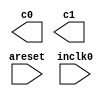
// megafunction wizard: %ALTPLL%VBB%
// GENERATION: STANDARD
// VERSION: WM1.0
// MODULE: altpll 

// ============================================================
// Megafunction Name(s):
// 			altpll
//
// Simulation Library Files(s):
// 			altera_mf
// ============================================================
// ************************************************************
// THIS IS A WIZARD-GENERATED FILE. DO NOT EDIT THIS FILE!
//
// 20.1.0 Build 711 06/05/2020 SJ Lite Edition
// ************************************************************

//Copyright (C) 2020  Intel Corporation. All rights reserved.
//Your use of Intel Corporation's design tools, logic functions 
//and other software and tools, and any partner logic 
//functions, and any output files from any of the foregoing 
//(including device programming or simulation files), and any 
//associated documentation or information are expressly subject 
//to the terms and conditions of the Intel Program License 
//Subscription Agreement, the Intel Quartus Prime License Agreement,
//the Intel FPGA IP License Agreement, or other applicable license
//agreement, including, without limitation, that your use is for
//the sole purpose of programming logic devices manufactured by
//Intel and sold by Intel or its authorized distributors.  Please
//refer to the applicable agreement for further details, at
//https://fpgasoftware.intel.com/eula.

module Clocks_Uart (
	areset,
	inclk0,
	c0,
	c1);

	input	  areset;
	input	  inclk0;
	output	  c0;
	output	  c1;
`ifndef ALTERA_RESERVED_QIS
// synopsys translate_off
`endif
	tri0	  areset;
`ifndef ALTERA_RESERVED_QIS
// synopsys translate_on
`endif

endmodule

// ============================================================
// CNX file retrieval info
// ============================================================
// Retrieval info: PRIVATE: ACTIVECLK_CHECK STRING "0"
// Retrieval info: PRIVATE: BANDWIDTH STRING "1.000"
// Retrieval info: PRIVATE: BANDWIDTH_FEATURE_ENABLED STRING "1"
// Retrieval info: PRIVATE: BANDWIDTH_FREQ_UNIT STRING "MHz"
// Retrieval info: PRIVATE: BANDWIDTH_PRESET STRING "Low"
// Retrieval info: PRIVATE: BANDWIDTH_USE_AUTO STRING "1"
// Retrieval info: PRIVATE: BANDWIDTH_USE_PRESET STRING "0"
// Retrieval info: PRIVATE: CLKBAD_SWITCHOVER_CHECK STRING "0"
// Retrieval info: PRIVATE: CLKLOSS_CHECK STRING "0"
// Retrieval info: PRIVATE: CLKSWITCH_CHECK STRING "0"
// Retrieval info: PRIVATE: CNX_NO_COMPENSATE_RADIO STRING "0"
// Retrieval info: PRIVATE: CREATE_CLKBAD_CHECK STRING "0"
// Retrieval info: PRIVATE: CREATE_INCLK1_CHECK STRING "0"
// Retrieval info: PRIVATE: CUR_DEDICATED_CLK STRING "c0"
// Retrieval info: PRIVATE: CUR_FBIN_CLK STRING "c0"
// Retrieval info: PRIVATE: DEVICE_SPEED_GRADE STRING "Any"
// Retrieval info: PRIVATE: DIV_FACTOR0 NUMERIC "1"
// Retrieval info: PRIVATE: DIV_FACTOR1 NUMERIC "1"
// Retrieval info: PRIVATE: DUTY_CYCLE0 STRING "50.00000000"
// Retrieval info: PRIVATE: DUTY_CYCLE1 STRING "50.00000000"
// Retrieval info: PRIVATE: EFF_OUTPUT_FREQ_VALUE0 STRING "0.009600"
// Retrieval info: PRIVATE: EFF_OUTPUT_FREQ_VALUE1 STRING "0.038400"
// Retrieval info: PRIVATE: EXPLICIT_SWITCHOVER_COUNTER STRING "0"
// Retrieval info: PRIVATE: EXT_FEEDBACK_RADIO STRING "0"
// Retrieval info: PRIVATE: GLOCKED_COUNTER_EDIT_CHANGED STRING "1"
// Retrieval info: PRIVATE: GLOCKED_FEATURE_ENABLED STRING "0"
// Retrieval info: PRIVATE: GLOCKED_MODE_CHECK STRING "0"
// Retrieval info: PRIVATE: GLOCK_COUNTER_EDIT NUMERIC "1048575"
// Retrieval info: PRIVATE: HAS_MANUAL_SWITCHOVER STRING "1"
// Retrieval info: PRIVATE: INCLK0_FREQ_EDIT STRING "50.000"
// Retrieval info: PRIVATE: INCLK0_FREQ_UNIT_COMBO STRING "MHz"
// Retrieval info: PRIVATE: INCLK1_FREQ_EDIT STRING "100.000"
// Retrieval info: PRIVATE: INCLK1_FREQ_EDIT_CHANGED STRING "1"
// Retrieval info: PRIVATE: INCLK1_FREQ_UNIT_CHANGED STRING "1"
// Retrieval info: PRIVATE: INCLK1_FREQ_UNIT_COMBO STRING "MHz"
// Retrieval info: PRIVATE: INTENDED_DEVICE_FAMILY STRING "Cyclone IV E"
// Retrieval info: PRIVATE: INT_FEEDBACK__MODE_RADIO STRING "1"
// Retrieval info: PRIVATE: LOCKED_OUTPUT_CHECK STRING "0"
// Retrieval info: PRIVATE: LONG_SCAN_RADIO STRING "1"
// Retrieval info: PRIVATE: LVDS_MODE_DATA_RATE STRING "Not Available"
// Retrieval info: PRIVATE: LVDS_MODE_DATA_RATE_DIRTY NUMERIC "0"
// Retrieval info: PRIVATE: LVDS_PHASE_SHIFT_UNIT0 STRING "deg"
// Retrieval info: PRIVATE: LVDS_PHASE_SHIFT_UNIT1 STRING "deg"
// Retrieval info: PRIVATE: MIG_DEVICE_SPEED_GRADE STRING "Any"
// Retrieval info: PRIVATE: MIRROR_CLK0 STRING "0"
// Retrieval info: PRIVATE: MIRROR_CLK1 STRING "0"
// Retrieval info: PRIVATE: MULT_FACTOR0 NUMERIC "1"
// Retrieval info: PRIVATE: MULT_FACTOR1 NUMERIC "1"
// Retrieval info: PRIVATE: NORMAL_MODE_RADIO STRING "1"
// Retrieval info: PRIVATE: OUTPUT_FREQ0 STRING "0.00960000"
// Retrieval info: PRIVATE: OUTPUT_FREQ1 STRING "0.03840000"
// Retrieval info: PRIVATE: OUTPUT_FREQ_MODE0 STRING "1"
// Retrieval info: PRIVATE: OUTPUT_FREQ_MODE1 STRING "1"
// Retrieval info: PRIVATE: OUTPUT_FREQ_UNIT0 STRING "MHz"
// Retrieval info: PRIVATE: OUTPUT_FREQ_UNIT1 STRING "MHz"
// Retrieval info: PRIVATE: PHASE_RECONFIG_FEATURE_ENABLED STRING "1"
// Retrieval info: PRIVATE: PHASE_RECONFIG_INPUTS_CHECK STRING "0"
// Retrieval info: PRIVATE: PHASE_SHIFT0 STRING "0.00000000"
// Retrieval info: PRIVATE: PHASE_SHIFT1 STRING "0.00000000"
// Retrieval info: PRIVATE: PHASE_SHIFT_STEP_ENABLED_CHECK STRING "0"
// Retrieval info: PRIVATE: PHASE_SHIFT_UNIT0 STRING "deg"
// Retrieval info: PRIVATE: PHASE_SHIFT_UNIT1 STRING "deg"
// Retrieval info: PRIVATE: PLL_ADVANCED_PARAM_CHECK STRING "0"
// Retrieval info: PRIVATE: PLL_ARESET_CHECK STRING "1"
// Retrieval info: PRIVATE: PLL_AUTOPLL_CHECK NUMERIC "1"
// Retrieval info: PRIVATE: PLL_ENHPLL_CHECK NUMERIC "0"
// Retrieval info: PRIVATE: PLL_FASTPLL_CHECK NUMERIC "0"
// Retrieval info: PRIVATE: PLL_FBMIMIC_CHECK STRING "0"
// Retrieval info: PRIVATE: PLL_LVDS_PLL_CHECK NUMERIC "0"
// Retrieval info: PRIVATE: PLL_PFDENA_CHECK STRING "0"
// Retrieval info: PRIVATE: PLL_TARGET_HARCOPY_CHECK NUMERIC "0"
// Retrieval info: PRIVATE: PRIMARY_CLK_COMBO STRING "inclk0"
// Retrieval info: PRIVATE: RECONFIG_FILE STRING "Clocks_Uart.mif"
// Retrieval info: PRIVATE: SACN_INPUTS_CHECK STRING "0"
// Retrieval info: PRIVATE: SCAN_FEATURE_ENABLED STRING "1"
// Retrieval info: PRIVATE: SELF_RESET_LOCK_LOSS STRING "0"
// Retrieval info: PRIVATE: SHORT_SCAN_RADIO STRING "0"
// Retrieval info: PRIVATE: SPREAD_FEATURE_ENABLED STRING "0"
// Retrieval info: PRIVATE: SPREAD_FREQ STRING "50.000"
// Retrieval info: PRIVATE: SPREAD_FREQ_UNIT STRING "KHz"
// Retrieval info: PRIVATE: SPREAD_PERCENT STRING "0.500"
// Retrieval info: PRIVATE: SPREAD_USE STRING "0"
// Retrieval info: PRIVATE: SRC_SYNCH_COMP_RADIO STRING "0"
// Retrieval info: PRIVATE: STICKY_CLK0 STRING "1"
// Retrieval info: PRIVATE: STICKY_CLK1 STRING "1"
// Retrieval info: PRIVATE: SWITCHOVER_COUNT_EDIT NUMERIC "1"
// Retrieval info: PRIVATE: SWITCHOVER_FEATURE_ENABLED STRING "1"
// Retrieval info: PRIVATE: SYNTH_WRAPPER_GEN_POSTFIX STRING "0"
// Retrieval info: PRIVATE: USE_CLK0 STRING "1"
// Retrieval info: PRIVATE: USE_CLK1 STRING "1"
// Retrieval info: PRIVATE: USE_CLKENA0 STRING "0"
// Retrieval info: PRIVATE: USE_CLKENA1 STRING "0"
// Retrieval info: PRIVATE: USE_MIL_SPEED_GRADE NUMERIC "0"
// Retrieval info: PRIVATE: ZERO_DELAY_RADIO STRING "0"
// Retrieval info: LIBRARY: altera_mf altera_mf.altera_mf_components.all
// Retrieval info: CONSTANT: BANDWIDTH_TYPE STRING "AUTO"
// Retrieval info: CONSTANT: CLK0_DIVIDE_BY NUMERIC "15625"
// Retrieval info: CONSTANT: CLK0_DUTY_CYCLE NUMERIC "50"
// Retrieval info: CONSTANT: CLK0_MULTIPLY_BY NUMERIC "3"
// Retrieval info: CONSTANT: CLK0_PHASE_SHIFT STRING "0"
// Retrieval info: CONSTANT: CLK1_DIVIDE_BY NUMERIC "15625"
// Retrieval info: CONSTANT: CLK1_DUTY_CYCLE NUMERIC "50"
// Retrieval info: CONSTANT: CLK1_MULTIPLY_BY NUMERIC "12"
// Retrieval info: CONSTANT: CLK1_PHASE_SHIFT STRING "0"
// Retrieval info: CONSTANT: COMPENSATE_CLOCK STRING "CLK0"
// Retrieval info: CONSTANT: INCLK0_INPUT_FREQUENCY NUMERIC "20000"
// Retrieval info: CONSTANT: INTENDED_DEVICE_FAMILY STRING "Cyclone IV E"
// Retrieval info: CONSTANT: LPM_TYPE STRING "altpll"
// Retrieval info: CONSTANT: OPERATION_MODE STRING "NORMAL"
// Retrieval info: CONSTANT: PLL_TYPE STRING "AUTO"
// Retrieval info: CONSTANT: PORT_ACTIVECLOCK STRING "PORT_UNUSED"
// Retrieval info: CONSTANT: PORT_ARESET STRING "PORT_USED"
// Retrieval info: CONSTANT: PORT_CLKBAD0 STRING "PORT_UNUSED"
// Retrieval info: CONSTANT: PORT_CLKBAD1 STRING "PORT_UNUSED"
// Retrieval info: CONSTANT: PORT_CLKLOSS STRING "PORT_UNUSED"
// Retrieval info: CONSTANT: PORT_CLKSWITCH STRING "PORT_UNUSED"
// Retrieval info: CONSTANT: PORT_CONFIGUPDATE STRING "PORT_UNUSED"
// Retrieval info: CONSTANT: PORT_FBIN STRING "PORT_UNUSED"
// Retrieval info: CONSTANT: PORT_INCLK0 STRING "PORT_USED"
// Retrieval info: CONSTANT: PORT_INCLK1 STRING "PORT_UNUSED"
// Retrieval info: CONSTANT: PORT_LOCKED STRING "PORT_UNUSED"
// Retrieval info: CONSTANT: PORT_PFDENA STRING "PORT_UNUSED"
// Retrieval info: CONSTANT: PORT_PHASECOUNTERSELECT STRING "PORT_UNUSED"
// Retrieval info: CONSTANT: PORT_PHASEDONE STRING "PORT_UNUSED"
// Retrieval info: CONSTANT: PORT_PHASESTEP STRING "PORT_UNUSED"
// Retrieval info: CONSTANT: PORT_PHASEUPDOWN STRING "PORT_UNUSED"
// Retrieval info: CONSTANT: PORT_PLLENA STRING "PORT_UNUSED"
// Retrieval info: CONSTANT: PORT_SCANACLR STRING "PORT_UNUSED"
// Retrieval info: CONSTANT: PORT_SCANCLK STRING "PORT_UNUSED"
// Retrieval info: CONSTANT: PORT_SCANCLKENA STRING "PORT_UNUSED"
// Retrieval info: CONSTANT: PORT_SCANDATA STRING "PORT_UNUSED"
// Retrieval info: CONSTANT: PORT_SCANDATAOUT STRING "PORT_UNUSED"
// Retrieval info: CONSTANT: PORT_SCANDONE STRING "PORT_UNUSED"
// Retrieval info: CONSTANT: PORT_SCANREAD STRING "PORT_UNUSED"
// Retrieval info: CONSTANT: PORT_SCANWRITE STRING "PORT_UNUSED"
// Retrieval info: CONSTANT: PORT_clk0 STRING "PORT_USED"
// Retrieval info: CONSTANT: PORT_clk1 STRING "PORT_USED"
// Retrieval info: CONSTANT: PORT_clk2 STRING "PORT_UNUSED"
// Retrieval info: CONSTANT: PORT_clk3 STRING "PORT_UNUSED"
// Retrieval info: CONSTANT: PORT_clk4 STRING "PORT_UNUSED"
// Retrieval info: CONSTANT: PORT_clk5 STRING "PORT_UNUSED"
// Retrieval info: CONSTANT: PORT_clkena0 STRING "PORT_UNUSED"
// Retrieval info: CONSTANT: PORT_clkena1 STRING "PORT_UNUSED"
// Retrieval info: CONSTANT: PORT_clkena2 STRING "PORT_UNUSED"
// Retrieval info: CONSTANT: PORT_clkena3 STRING "PORT_UNUSED"
// Retrieval info: CONSTANT: PORT_clkena4 STRING "PORT_UNUSED"
// Retrieval info: CONSTANT: PORT_clkena5 STRING "PORT_UNUSED"
// Retrieval info: CONSTANT: PORT_extclk0 STRING "PORT_UNUSED"
// Retrieval info: CONSTANT: PORT_extclk1 STRING "PORT_UNUSED"
// Retrieval info: CONSTANT: PORT_extclk2 STRING "PORT_UNUSED"
// Retrieval info: CONSTANT: PORT_extclk3 STRING "PORT_UNUSED"
// Retrieval info: CONSTANT: WIDTH_CLOCK NUMERIC "5"
// Retrieval info: USED_PORT: @clk 0 0 5 0 OUTPUT_CLK_EXT VCC "@clk[4..0]"
// Retrieval info: USED_PORT: areset 0 0 0 0 INPUT GND "areset"
// Retrieval info: USED_PORT: c0 0 0 0 0 OUTPUT_CLK_EXT VCC "c0"
// Retrieval info: USED_PORT: c1 0 0 0 0 OUTPUT_CLK_EXT VCC "c1"
// Retrieval info: USED_PORT: inclk0 0 0 0 0 INPUT_CLK_EXT GND "inclk0"
// Retrieval info: CONNECT: @areset 0 0 0 0 areset 0 0 0 0
// Retrieval info: CONNECT: @inclk 0 0 1 1 GND 0 0 0 0
// Retrieval info: CONNECT: @inclk 0 0 1 0 inclk0 0 0 0 0
// Retrieval info: CONNECT: c0 0 0 0 0 @clk 0 0 1 0
// Retrieval info: CONNECT: c1 0 0 0 0 @clk 0 0 1 1
// Retrieval info: GEN_FILE: TYPE_NORMAL Clocks_Uart.v TRUE
// Retrieval info: GEN_FILE: TYPE_NORMAL Clocks_Uart.ppf TRUE
// Retrieval info: GEN_FILE: TYPE_NORMAL Clocks_Uart.inc FALSE
// Retrieval info: GEN_FILE: TYPE_NORMAL Clocks_Uart.cmp FALSE
// Retrieval info: GEN_FILE: TYPE_NORMAL Clocks_Uart.bsf FALSE
// Retrieval info: GEN_FILE: TYPE_NORMAL Clocks_Uart_inst.v TRUE
// Retrieval info: GEN_FILE: TYPE_NORMAL Clocks_Uart_bb.v TRUE
// Retrieval info: LIB_FILE: altera_mf
// Retrieval info: CBX_MODULE_PREFIX: ON